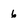
Character: 6